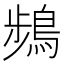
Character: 𫛄